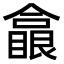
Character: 𠐗